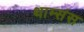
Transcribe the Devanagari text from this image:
थाम्संस